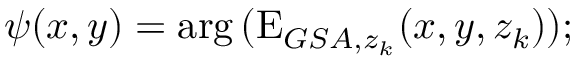
\psi ( x , y ) = \arg { ( \mathrm { E } _ { G S A , z _ { k } } ( x , y , z _ { k } ) ) } ;